Rangoon Lunatic Asylum 1878-1892 - 1878-1892
Year: 1878
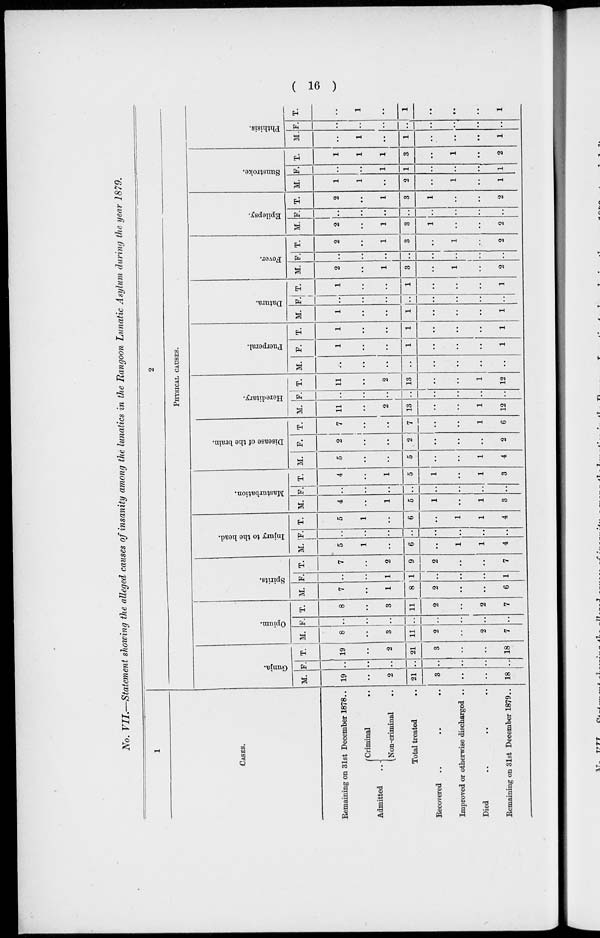
( 16 )
No. VII.—Statement showing the alleged causes of insanity among the lunatics in the Rangoon Lunatic Asylum during the year 1879.
1
CASES.
Remaining on 31st December 1878..
Admitted ..
Criminal ..
Non-criminal ..
Total treated ..
Recovered .. .. ..
Improved or otherwise discharged ..
Died ..
Remaining on 31st December 1879..
2
PHYSICAL CAUSES.
Gunja.
M.
19
..
2
21
3
..
..
18
F.
..
..
..
..
..
..
..
..
T.
19
..
2
21
3
..
..
18
Opium.
M.
8
..
3
11
2
..
2
7
F.
..
..
..
..
..
..
..
..
T.
8
..
3
11
2
..
2
7
Spirits.
M.
7
..
1
8
2
..
..
6
F.
..
..
1
1
..
..
..
1
T.
7
..
2
9
2
..
..
7
Injury to the head.
M.
5
1
..
6
..
1
1
4
F.
..
..
..
..
..
..
..
..
T.
5
1
..
6
..
1
1
4
Masturbation.
M.
4
..
1
5
1
..
1
3
F.
..
..
..
..
..
..
..
..
T.
4
..
1
5
1
..
1
3
Disease of the brain.
M.
5
..
..
5
..
..
1
4
F.
2
..
..
2
..
..
..
2
T.
7
..
..
7
..
..
1
6
Hereditary.
M.
11
..
2
13
..
..
1
12
F.
..
..
..
..
..
..
..
..
T.
11
..
2
13
..
..
1
12
Puerperal.
M.
..
..
..
..
..
..
..
..
F.
1
..
..
1
..
..
..
1
T.
1
..
..
1
..
..
..
1
Datura.
M.
1
..
..
1
..
..
..
1
F.
..
..
..
..
..
..
..
..
T.
1
..
..
1
..
..
..
1
Fever.
M.
2
..
1
3
..
1
..
2
F.
..
..
..
..
..
..
..
..
T.
2
..
1
3
..
1
..
2
Epilepsy.
M.
2
..
1
3
1
..
..
2
F.
..
..
..
..
..
..
..
..
T.
2
..
1
3
1
..
..
2
Sunstroke.
M.
1
1
..
2
..
1
..
1
F.
..
..
1
1
..
..
..
1
T.
1
1
1
3
..
1
..
2
Phthisis.
M.
..
1
..
1
..
..
..
1
F.
..
..
..
..
..
..
..
..
T.
..
1
..
1
..
..
..
1